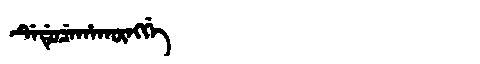
Manchu: ᡩᡝᡩᡠᠴᡝᡥᠠᡴᡡᠩᡤᡝ
Romanization: DEDUCEHAKŪNGGE